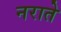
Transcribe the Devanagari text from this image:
नराते